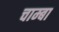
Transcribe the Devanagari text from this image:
चाम्बा